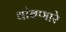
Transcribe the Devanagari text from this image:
थांबणारे